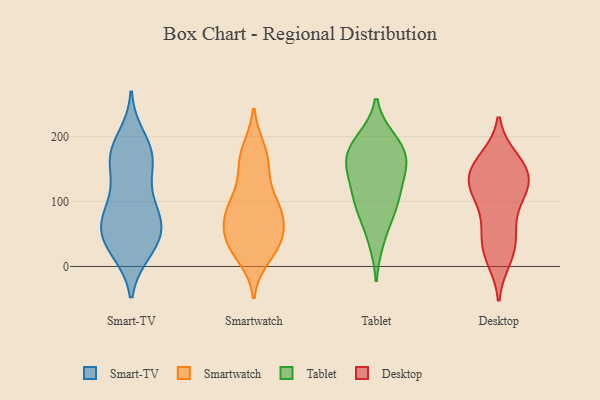
{"axis": {"x": "Active Users", "y": "Value"}, "legend": ["Desktop", "Smart-TV", "Smartwatch", "Tablet"], "data": [{"x": "", "y": 84, "type": "Smart-TV"}, {"x": "", "y": 134, "type": "Smart-TV"}, {"x": "", "y": 84, "type": "Smart-TV"}, {"x": "", "y": 161, "type": "Smart-TV"}, {"x": "", "y": 181, "type": "Smart-TV"}, {"x": "", "y": 68, "type": "Smart-TV"}, {"x": "", "y": 45, "type": "Smart-TV"}, {"x": "", "y": 165, "type": "Smart-TV"}, {"x": "", "y": 176, "type": "Smart-TV"}, {"x": "", "y": 65, "type": "Smart-TV"}, {"x": "", "y": 115, "type": "Smart-TV"}, {"x": "", "y": 23, "type": "Smart-TV"}, {"x": "", "y": 23, "type": "Smart-TV"}, {"x": "", "y": 27, "type": "Smart-TV"}, {"x": "", "y": 199, "type": "Smart-TV"}, {"x": "", "y": 48, "type": "Smart-TV"}, {"x": "", "y": 78, "type": "Smart-TV"}, {"x": "", "y": 169, "type": "Smart-TV"}, {"x": "", "y": 56, "type": "Smart-TV"}, {"x": "", "y": 38, "type": "Smartwatch"}, {"x": "", "y": 48, "type": "Smartwatch"}, {"x": "", "y": 80, "type": "Smartwatch"}, {"x": "", "y": 93, "type": "Smartwatch"}, {"x": "", "y": 32, "type": "Smartwatch"}, {"x": "", "y": 99, "type": "Smartwatch"}, {"x": "", "y": 16, "type": "Smartwatch"}, {"x": "", "y": 159, "type": "Smartwatch"}, {"x": "", "y": 76, "type": "Smartwatch"}, {"x": "", "y": 146, "type": "Smartwatch"}, {"x": "", "y": 173, "type": "Smartwatch"}, {"x": "", "y": 178, "type": "Smartwatch"}, {"x": "", "y": 79, "type": "Smartwatch"}, {"x": "", "y": 93, "type": "Smartwatch"}, {"x": "", "y": 37, "type": "Smartwatch"}, {"x": "", "y": 35, "type": "Smartwatch"}, {"x": "", "y": 145, "type": "Tablet"}, {"x": "", "y": 195, "type": "Tablet"}, {"x": "", "y": 152, "type": "Tablet"}, {"x": "", "y": 102, "type": "Tablet"}, {"x": "", "y": 169, "type": "Tablet"}, {"x": "", "y": 40, "type": "Tablet"}, {"x": "", "y": 181, "type": "Tablet"}, {"x": "", "y": 155, "type": "Tablet"}, {"x": "", "y": 191, "type": "Tablet"}, {"x": "", "y": 81, "type": "Tablet"}, {"x": "", "y": 93, "type": "Tablet"}, {"x": "", "y": 118, "type": "Tablet"}, {"x": "", "y": 145, "type": "Desktop"}, {"x": "", "y": 158, "type": "Desktop"}, {"x": "", "y": 53, "type": "Desktop"}, {"x": "", "y": 81, "type": "Desktop"}, {"x": "", "y": 121, "type": "Desktop"}, {"x": "", "y": 117, "type": "Desktop"}, {"x": "", "y": 50, "type": "Desktop"}, {"x": "", "y": 123, "type": "Desktop"}, {"x": "", "y": 124, "type": "Desktop"}, {"x": "", "y": 159, "type": "Desktop"}, {"x": "", "y": 165, "type": "Desktop"}, {"x": "", "y": 148, "type": "Desktop"}, {"x": "", "y": 12, "type": "Desktop"}, {"x": "", "y": 19, "type": "Desktop"}, {"x": "", "y": 114, "type": "Desktop"}, {"x": "", "y": 29, "type": "Desktop"}]}